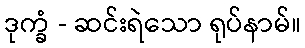
ဒုက္ခံ - ဆင်းရဲသော ရုပ်နာမ်။